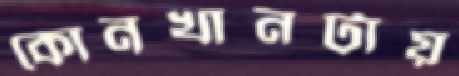
কোনখানটায়